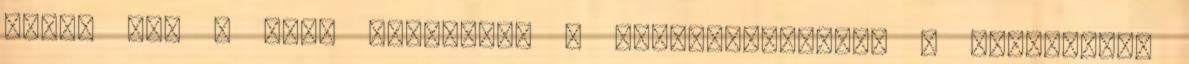
védve van a spam botoktól, a megtekintéséhez a JavaScript